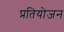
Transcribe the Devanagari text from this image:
प्रतियोजन